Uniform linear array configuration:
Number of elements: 48
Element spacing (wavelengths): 1
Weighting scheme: binomial
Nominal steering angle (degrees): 15
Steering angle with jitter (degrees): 16.141
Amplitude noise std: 0.05
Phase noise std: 0.05

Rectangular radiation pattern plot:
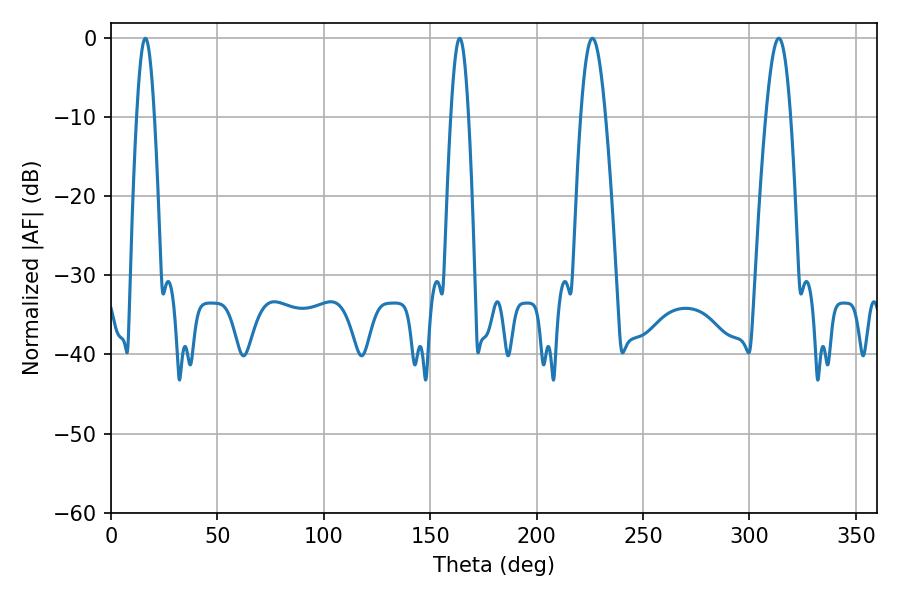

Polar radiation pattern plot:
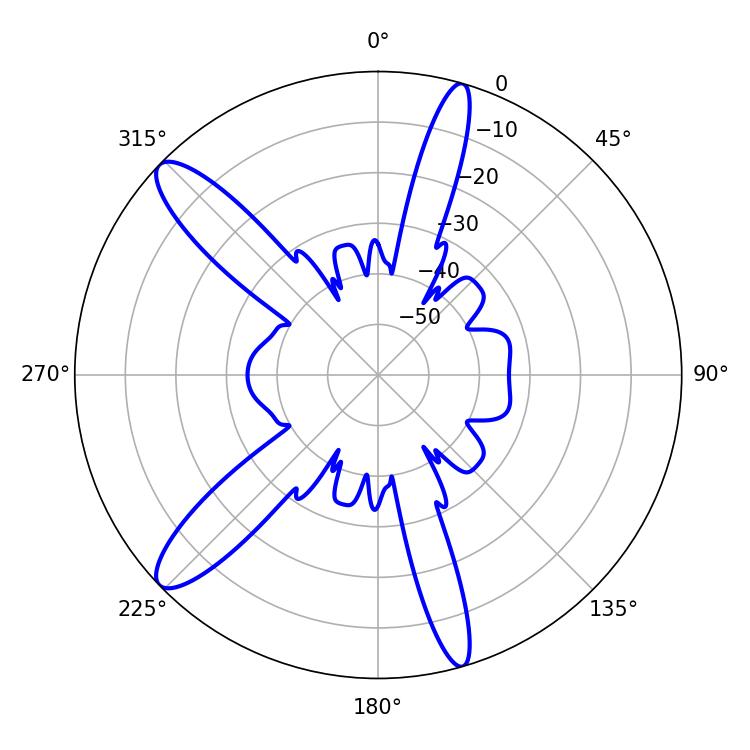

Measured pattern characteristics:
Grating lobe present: TRUE
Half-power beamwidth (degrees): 6.3
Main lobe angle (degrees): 226.26